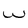
Character: w